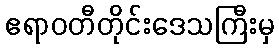
ဧရာဝတီတိုင်းဒေသကြီးမှ